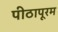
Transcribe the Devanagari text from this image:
पीठापूरम